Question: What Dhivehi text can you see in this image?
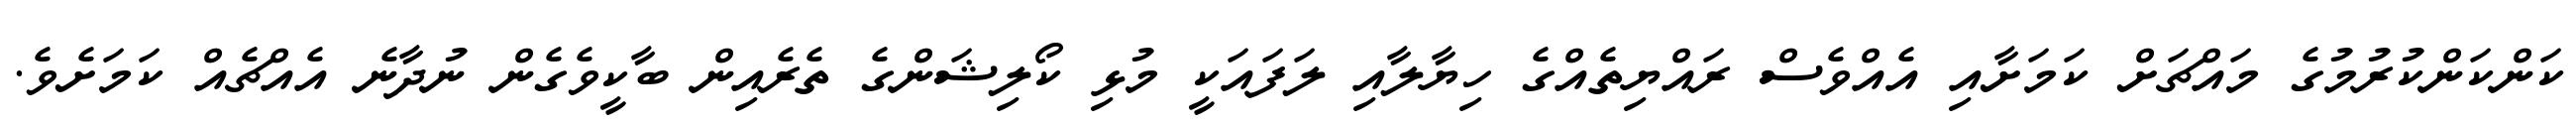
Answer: ކަންކަންކުރުމުގެ މައްޗަށް ކަމަށާއި އެއްވެސް ރައްޔިތެއްގެ ހިޔާލާއި ލަފައަކީ މުޅި ކޯލިޝަންގެ ތެރެއިން ބާކީވެގެން ނުދާނެ އެއްޗެއް ކަމަށެވެ.